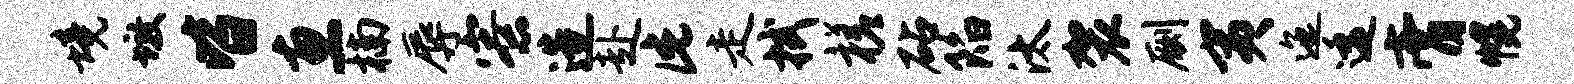
境墩皆惠楠辱寮造赴此走拭槎砧陷汰袈劂夷迤逶膏幌